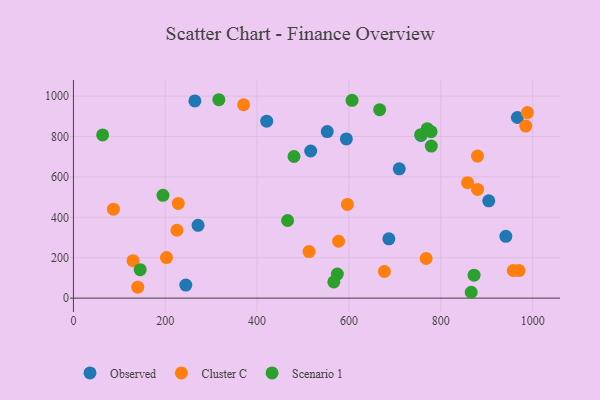
{"axis": {"x": "Speed", "y": "Profit"}, "legend": ["Cluster C", "Observed", "Scenario 1"], "data": [{"x": "941.6", "y": 305.8, "type": "Observed"}, {"x": "904.4", "y": 481.8, "type": "Observed"}, {"x": "516.7", "y": 728.3, "type": "Observed"}, {"x": "686.9", "y": 293.5, "type": "Observed"}, {"x": "709.5", "y": 639.8, "type": "Observed"}, {"x": "244.7", "y": 64.6, "type": "Observed"}, {"x": "552.7", "y": 824.1, "type": "Observed"}, {"x": "594.3", "y": 787.8, "type": "Observed"}, {"x": "264.5", "y": 976.3, "type": "Observed"}, {"x": "271.4", "y": 360.3, "type": "Observed"}, {"x": "420.9", "y": 875.6, "type": "Observed"}, {"x": "756.8", "y": 805.0, "type": "Observed"}, {"x": "966.7", "y": 894.1, "type": "Observed"}, {"x": "768.0", "y": 196.1, "type": "Cluster C"}, {"x": "129.8", "y": 185.5, "type": "Cluster C"}, {"x": "140.0", "y": 54.2, "type": "Cluster C"}, {"x": "370.6", "y": 957.2, "type": "Cluster C"}, {"x": "858.2", "y": 571.2, "type": "Cluster C"}, {"x": "202.6", "y": 200.7, "type": "Cluster C"}, {"x": "513.1", "y": 230.2, "type": "Cluster C"}, {"x": "957.7", "y": 136.6, "type": "Cluster C"}, {"x": "228.3", "y": 468.7, "type": "Cluster C"}, {"x": "970.2", "y": 136.4, "type": "Cluster C"}, {"x": "577.4", "y": 281.5, "type": "Cluster C"}, {"x": "225.4", "y": 335.8, "type": "Cluster C"}, {"x": "880.0", "y": 538.0, "type": "Cluster C"}, {"x": "988.5", "y": 918.4, "type": "Cluster C"}, {"x": "87.1", "y": 440.0, "type": "Cluster C"}, {"x": "985.0", "y": 851.5, "type": "Cluster C"}, {"x": "596.6", "y": 463.9, "type": "Cluster C"}, {"x": "677.2", "y": 131.8, "type": "Cluster C"}, {"x": "879.9", "y": 703.1, "type": "Cluster C"}, {"x": "770.4", "y": 838.5, "type": "Scenario 1"}, {"x": "567.0", "y": 80.0, "type": "Scenario 1"}, {"x": "63.6", "y": 807.8, "type": "Scenario 1"}, {"x": "466.4", "y": 384.1, "type": "Scenario 1"}, {"x": "316.7", "y": 982.0, "type": "Scenario 1"}, {"x": "666.9", "y": 932.7, "type": "Scenario 1"}, {"x": "480.3", "y": 700.9, "type": "Scenario 1"}, {"x": "779.3", "y": 752.7, "type": "Scenario 1"}, {"x": "145.4", "y": 140.6, "type": "Scenario 1"}, {"x": "756.3", "y": 808.9, "type": "Scenario 1"}, {"x": "606.7", "y": 978.8, "type": "Scenario 1"}, {"x": "866.2", "y": 28.9, "type": "Scenario 1"}, {"x": "574.7", "y": 118.9, "type": "Scenario 1"}, {"x": "195.0", "y": 509.0, "type": "Scenario 1"}, {"x": "778.8", "y": 823.7, "type": "Scenario 1"}, {"x": "872.4", "y": 113.6, "type": "Scenario 1"}]}